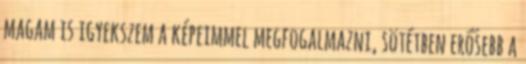
magam is igyekszem a képeimmel megfogalmazni, sötétben erősebb a